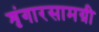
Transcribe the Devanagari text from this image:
शृंगारसामग्री